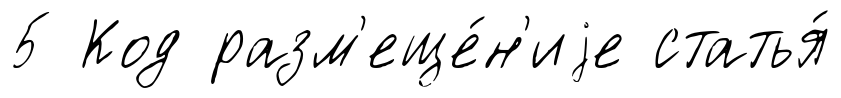
5 Код разм'еще́н'иjе статья́